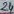
Text: 24